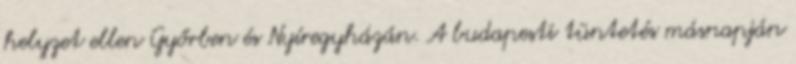
helyzet ellen Győrben és Nyíregyházán. A budapesti tüntetés másnapján